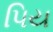
પિય